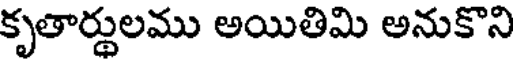
కృతార్థులము అయితిమి అనుకొని